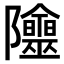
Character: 𨽭